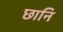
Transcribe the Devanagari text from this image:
छानि